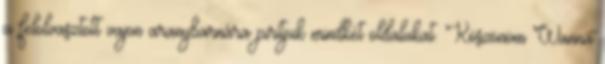
a felolvasztott vajon aranybarnára pirítjuk mindkét oldalukat. Köszönöm Wanna